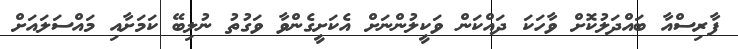
ފާރިސްއާ ބައްދަލުކޮށް ވާހަކަ ދައްކަން ވަކީލުންނަށް އެކަށީގެންވާ ވަގުތު ނުލިބޭ ކަމަށާއި މައްސަލައަށް